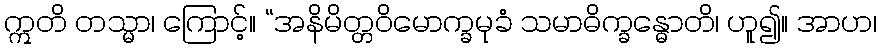
ဣတိ တသ္မာ၊ ကြောင့်။ “အနိမိတ္တဝိမောက္ခမုခံ သမာဓိက္ခန္ဓောတိ၊ ဟူ၍။ အာဟ၊